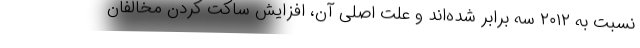
نسبت به ۲۰۱۲ سه برابر شده‌اند و علت اصلی آن، افزایش ساکت کردن مخالفان